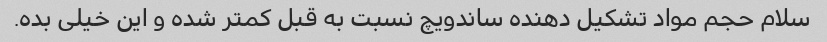
سلام حجم مواد تشکیل دهنده ساندویچ نسبت به قبل کمتر شده و این خیلی بده.